Civil Veterinary Dept. North-West Frontier Province 1923-32 - 1923-1932
Year: 1923
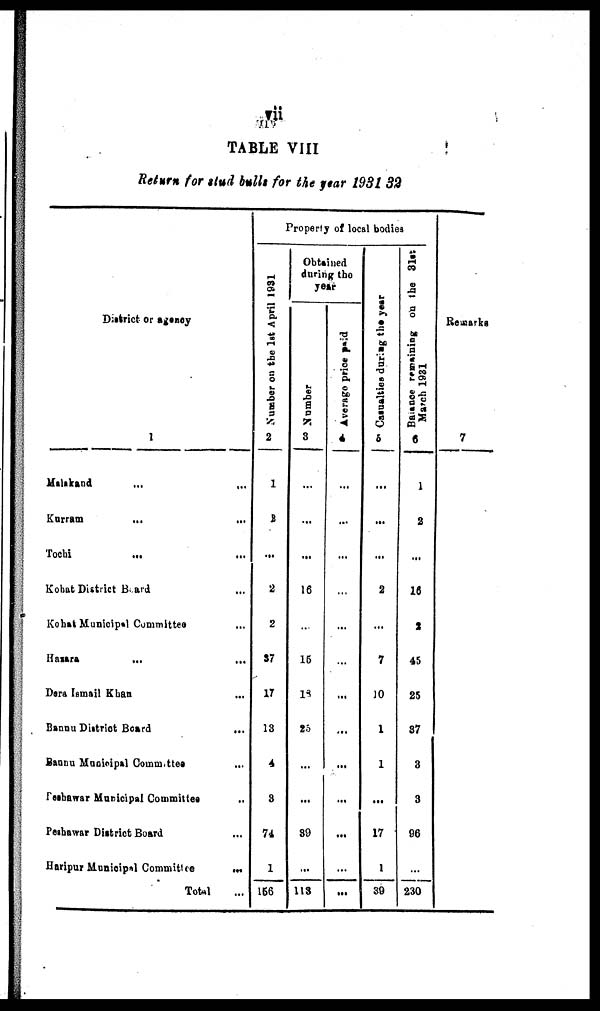
vii
TABLE VIII
Return for stud bulls for the year 1931 32
District or agency
1
Malakand
...
...
Kurram
...
...
Tochi
...
...
Kohat District Board ...
Kohat Municipal Committee ...
Hazara
...
...
Dera Ismail Khan ...
Bannu District Board ...
Bannu Municipal Committee ...
Peshawar Municipal Committee ..
Peshawar District Board ...
Haripur Municipal Committee
...
Total ...
Property of local bodies
Number on the 1st April 1931
2
1
3
…
2
2
37
17
13
4
3
74
1
156
Obtained
during the
year
Number
3
...
...
...
16
…
15
18
25
...
...
39
...
113
Average price paid
4
...
...
...
...
...
…
...
...
...
…
...
…
...
Cas ual t
i
es dur i
ng the year
5
...
...
...
2
...
7
10
1
1
…
17
1
39
Balance
remaining on the 31st
March 1981
6
1
2
...
16
2
45
25
37
3
3
96
…
230
Remarks
7